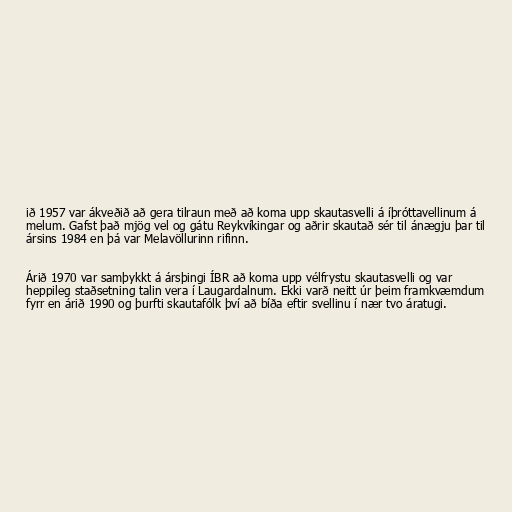
ið 1957 var ákveðið að gera tilraun með að koma upp skautasvelli á íþróttavellinum á
melum. Gafst það mjög vel og gátu Reykvíkingar og aðrir skautað sér til ánægju þar til
ársins 1984 en þá var Melavöllurinn rifinn.

Árið 1970 var samþykkt á ársþingi ÍBR að koma upp vélfrystu skautasvelli og var
heppileg staðsetning talin vera í Laugardalnum. Ekki varð neitt úr þeim framkvæmdum
fyrr en árið 1990 og þurfti skautafólk því að bíða eftir svellinu í nær tvo áratugi.